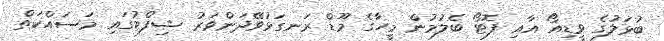
ބުޅަލުގެ ވީޑިއޯ އާއި ފޮޓޯ ބެލުމުން މީހާގެ މޫޑް ރަނގަޅުވޭދަންވަރު ޝިފްޓުގައި މަސައްކަތް